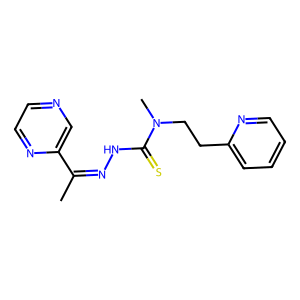
SMILES: CC(=NNC(=S)N(C)CCc1ccccn1)c1cnccn1
Inhibits HIV replication: No